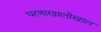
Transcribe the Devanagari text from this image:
धरणाखालोखाल